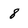
Character: 8